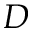
D